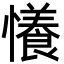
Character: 懩